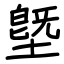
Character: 墍